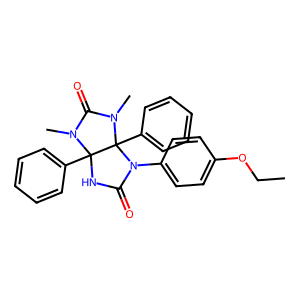
SMILES: CCOc1ccc(N2C(=O)NC3(c4ccccc4)N(C)C(=O)N(C)C23c2ccccc2)cc1
Inhibits HIV replication: No